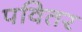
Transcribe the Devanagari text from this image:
पवितर